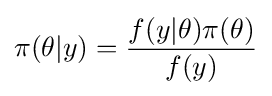
\pi (\theta |y)={\frac {f(y|\theta )\pi (\theta )}{f(y)}}